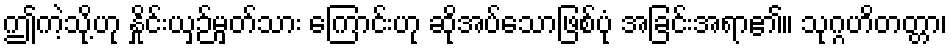
ဤကဲ့သို့ဟု နှိုင်းယှဉ်မှတ်သား ကြောင်းဟု ဆိုအပ်သောဖြစ်ပုံ အခြင်းအရာ၏။ သုဂ္ဂဟိတတ္တာ၊